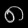
Digit: ၈